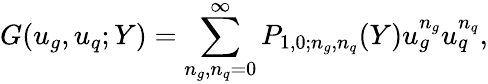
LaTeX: G(u_{g},u_{q};Y)=\sum_{n_{g},n_{q}=0}^{\infty}P_{1,0;n_{g},n_{q}}(Y)u_{g}^{n_{g}}u_{q}^{n_{q}},